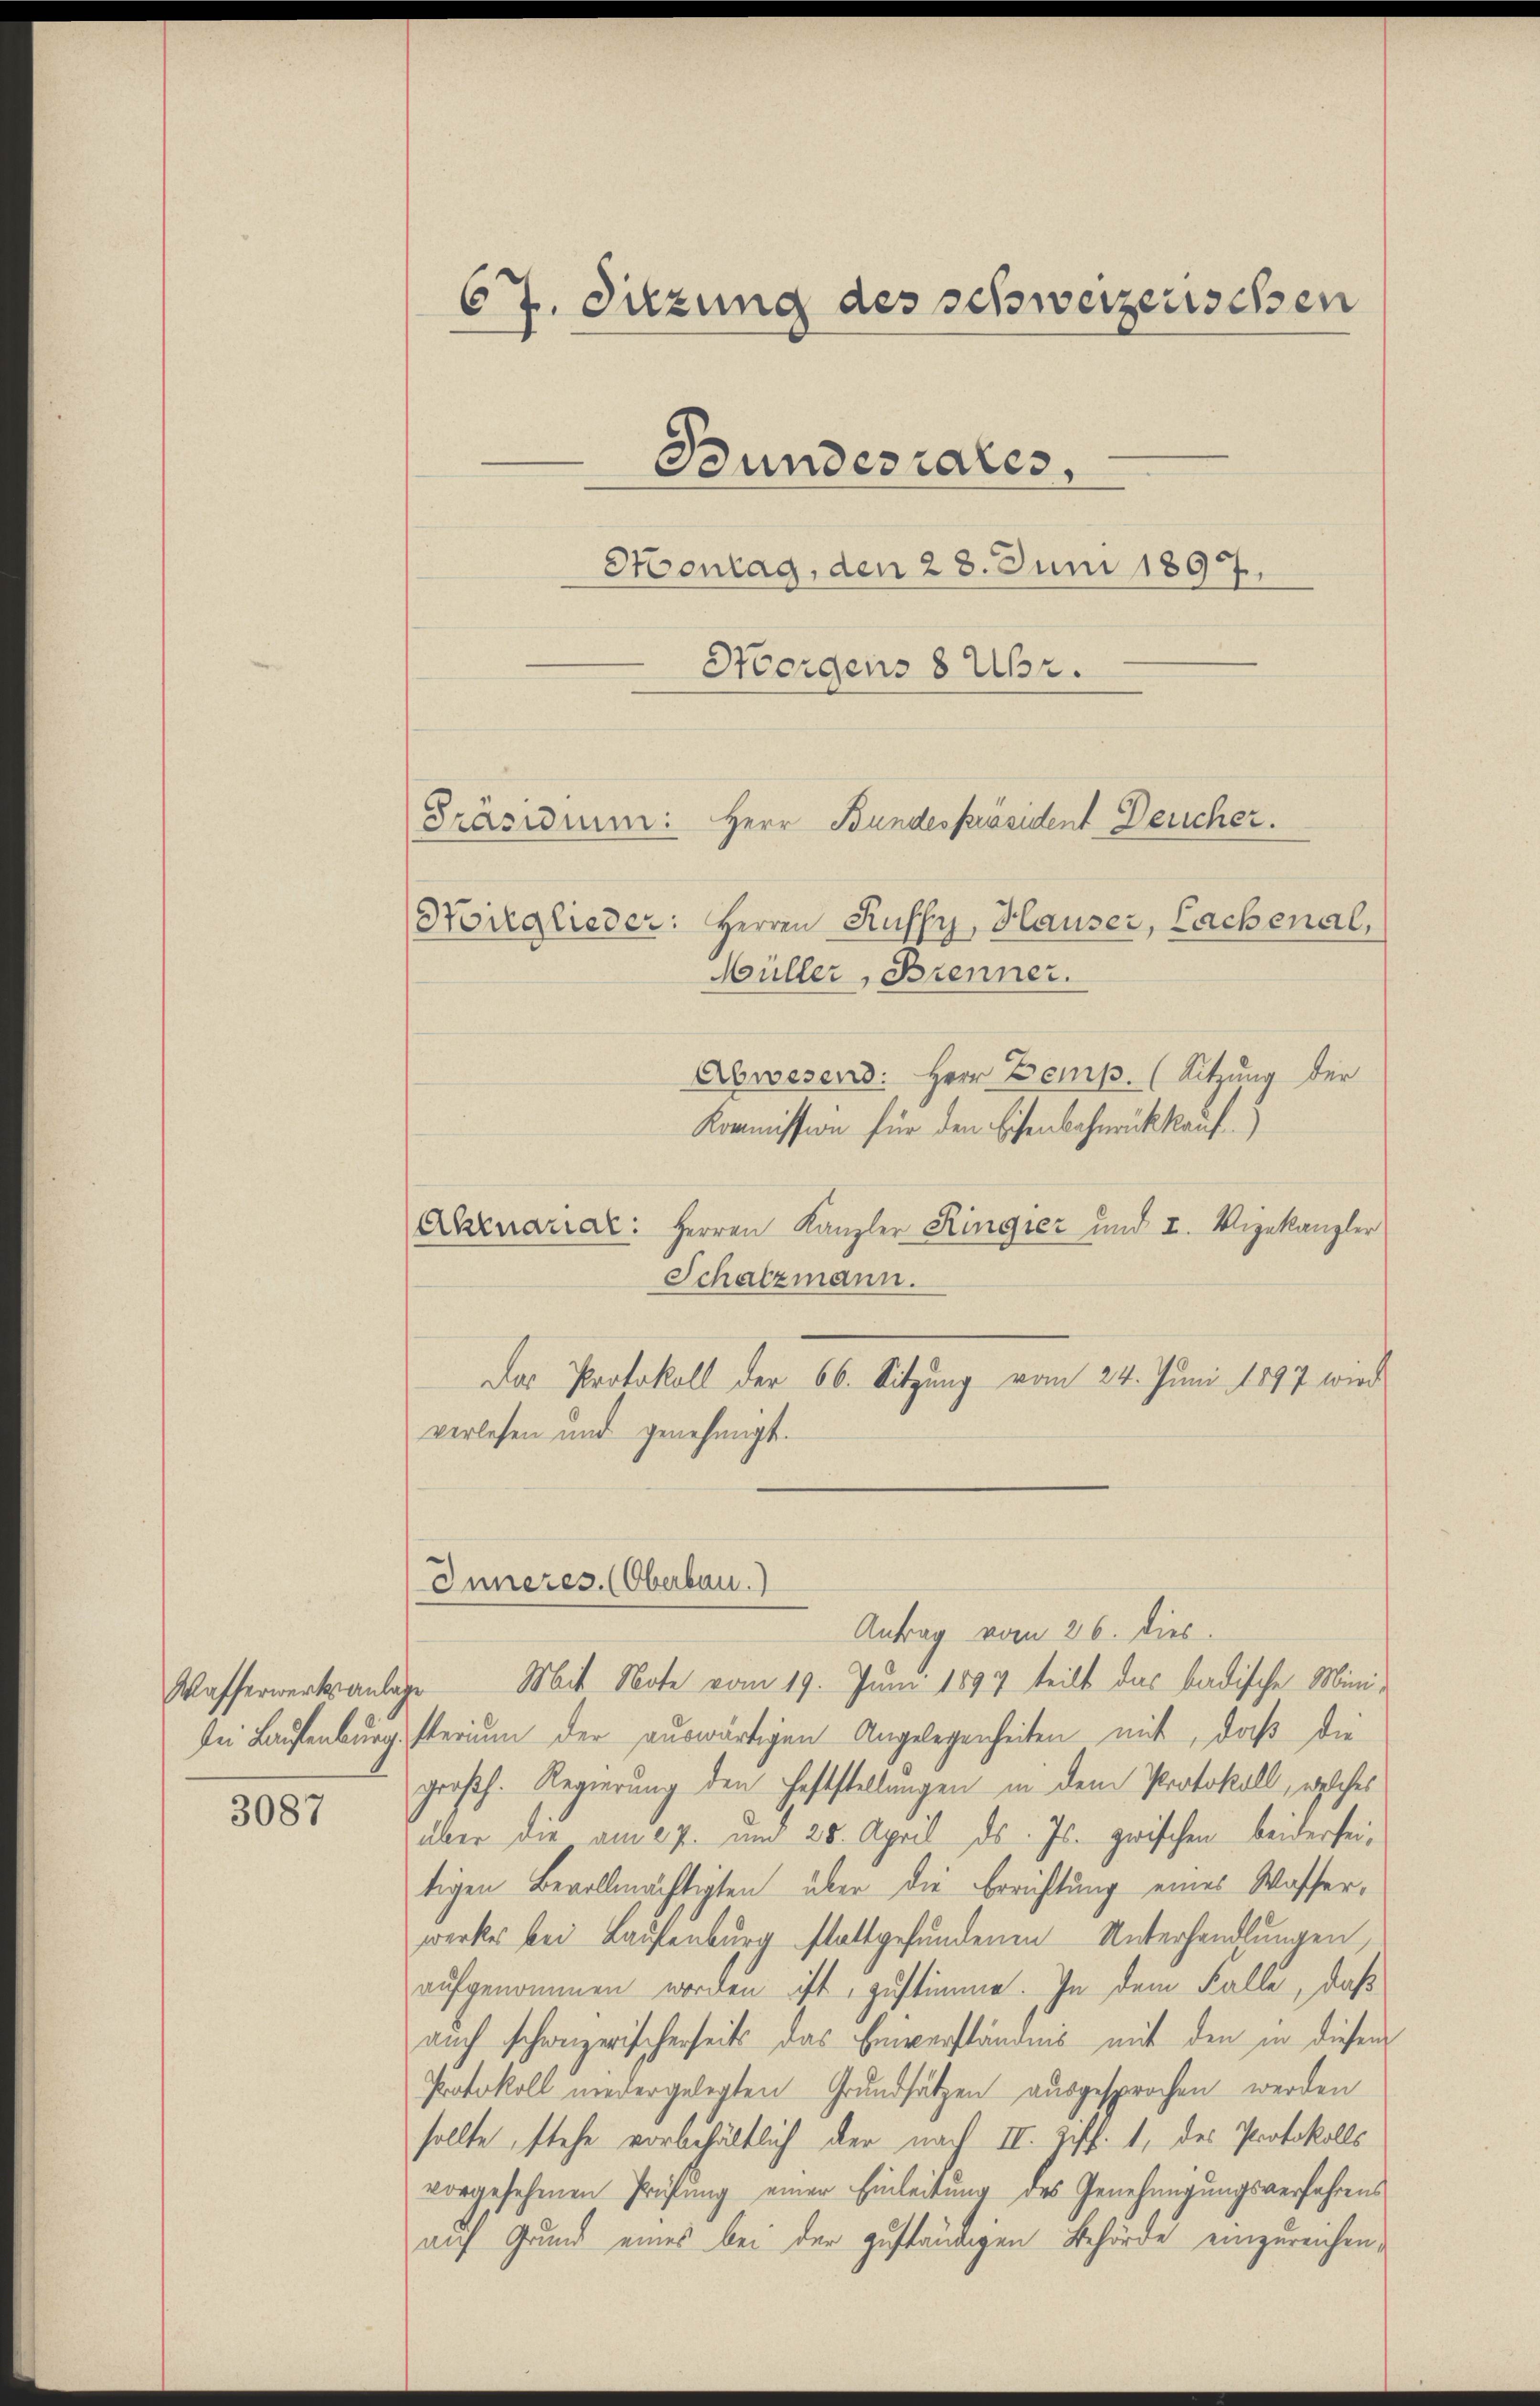
Wasserwerksanlage
de Laufenburg.

3087

67. Sitzung des schweizerischen
Bundesrates,

Hontag, den 28. Juni 1897.
Norgens 8 Uhr.
Wirglieder: Herren Kuffy, Hauser, Lachenal,
Müller, Brenner.
Abwesend: Herr Zemp. (Sitzung der
Kommission für den Eisenbahnrückkauf.
Akrnariar: Herren Kanzler Ringier und I. Vizekanzler
Schatzmann.
Das Protokoll der 66. Sitzung vom 24. Juni 1897 wird
verlesen und genehmigt.
Inneres. (Oberbau.)
Antrag vom 26. dies
Mit Note vom 19. Juni 1897 teilt das badische Ministerium der auswärtigen Angelegenheiten mit, daß die
großh. Regierung den Feststellungen in dem Protokoll, welches
über die am 27. und 28. April ds. Js. zwischen beiderseitigen Bevollmächtigten über die Berichtung eines Wasserwerkes bei Laufenburg stattgefundenen Unterhandlungen,
aufgenommen worden ist, zustimme. In dem Falle, daß
auch schweizerischerseits das Einverständnis mit den in diesem
Protokoll niedergelegten Grundsätzen ausgesprochen werden
sollte, stehe vorbehältlich der nach II. Ziff. 1, des Protokolls
vorgesehenen Prüfung einer Einleitŭng des Genehmigŭngsverfahrens
auf Grund eines bei der zuständigen Behörde einzureichen,

Präsidium: Herr Bundespräsident Deucher.